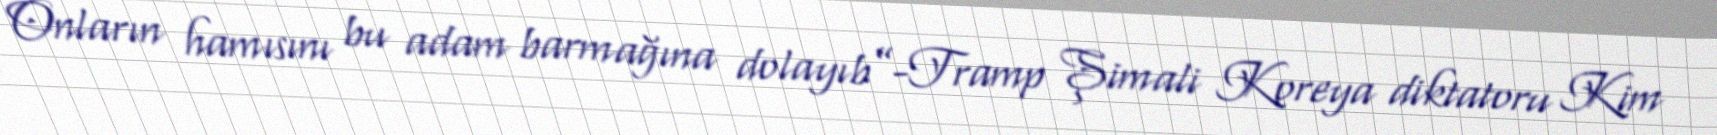
Onların hamısını bu adam barmağına dolayıb”-Tramp Şimali Koreya diktatoru Kim